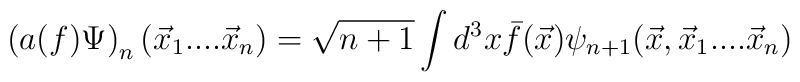
\left( a(f)\Psi \right) _{n}(\vec{x}_{1}....\vec{x}_{n})=\sqrt{n+1}\intd^{3}x\bar{f}(\vec{x})\psi _{n+1}(\vec{x},\vec{x}_{1}....\vec{x}_{n})